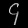
Digit: ၄